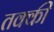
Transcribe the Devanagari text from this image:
तक्की